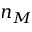
n _ { M }